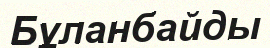
Бұланбайды